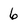
Character: 6